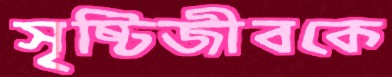
সৃষ্টিজীবকে